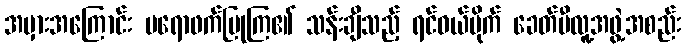
အမှားအကြောင်း ပရောဖက်ပြုကြ၏ သန်းချီသည့် ရင်ဝယ်ပိုက် ခေတ်မီလူ့အဖွဲ့အစည်း